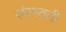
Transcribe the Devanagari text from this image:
संरस्वती